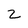
Character: 2